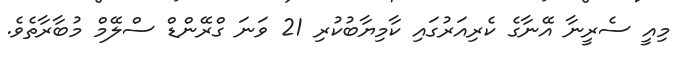
މިއީ ސެރީނާ އޭނާގެ ކެރިއަރުގައި ކާމިޔާބުކުރި 21 ވަނަ ގްރޭންޑް ސްލޭމް މުބާރާތެވެ.